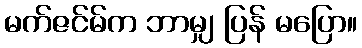
မက်ဇင်မ်က ဘာမျှ ပြန် မပြော။